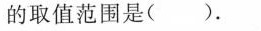
的取值范围是( )